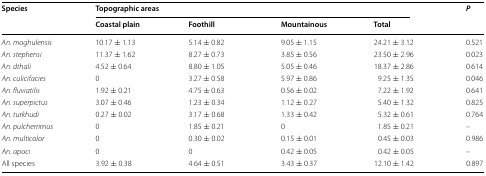
| <ROWSPAN=2> Species | <COLSPAN=4> Topographic areas | <ROWSPAN=2> P |
 | Coastal plain | Foothill | Mountainous | Total |
 | --- | --- | --- | --- | --- | --- |
 | An. moghulensis | 10.17 ± 1.13 | 5.14 ± 0.82 | 9.05 ± 1.15 | 24.21 ± 3.12 | 0.521 |
 | An. stephensi | 11.37 ± 1.62 | 8.27 ± 0.73 | 3.85 ± 0.56 | 23.50 ± 2.96 | 0.023 |
 | An. dthali | 4.52 ± 0.64 | 8.80 ± 1.05 | 5.05 ± 0.46 | 18.37 ± 2.86 | 0.614 |
 | An. culicifacies | 0 | 3.27 ± 0.58 | 5.97 ± 0.86 | 9.25 ± 1.35 | 0.046 |
 | An. fluviatilis | 1.92 ± 0.21 | 4.75 ± 0.63 | 0.56 ± 0.02 | 7.22 ± 1.92 | 0.641 |
 | An. superpictus | 3.07 ± 0.46 | 1.23 ± 0.34 | 1.12 ± 0.27 | 5.40 ± 1.32 | 0.825 |
 | An. turkhudi | 0.27 ± 0.02 | 3.17 ± 0.68 | 1.33 ± 0.42 | 5.32 ± 0.61 | 0.764 |
 | An. pulcherrimus | 0 | 1.85 ± 0.21 | 0 | 1.85 ± 0.21 | – |
 | An. multicolor | 0 | 0.30 ± 0.02 | 0.15 ± 0.01 | 0.45 ± 0.03 | 0.986 |
 | An. apoci | 0 | 0 | 0.42 ± 0.05 | 0.42 ± 0.05 | – |
 | All species | 3.92 ± 0.38 | 4.64 ± 0.51 | 3.43 ± 0.37 | 12.10 ± 1.42 | 0.897 |